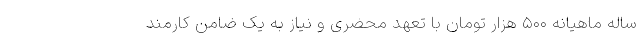
ساله ماهیانه ۵۰۰ هزار تومان با تعهد محضری و نیاز به یک ضامن کارمند